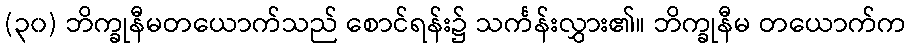
(၃၀) ဘိက္ခုနီမတယောက်သည် စောင်ရန်း၌ သင်္ကန်းလွှား၏။ ဘိက္ခုနီမ တယောက်က